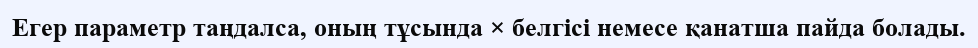
Егер параметр таңдалса, оның тұсында × белгісі немесе қанатша пайда болады.